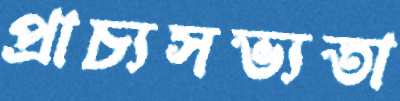
প্রাচ্যসভ্যতা